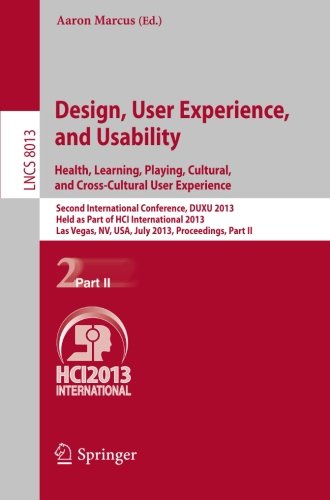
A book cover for Design, User Experience, and Usability: Health, Learning, Playing, Cultural, and Cross-Cultural User Experience: Second International Conference, DUXU ... Part II (Lecture Notes in Computer Science); Computers & Technology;